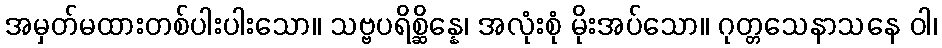
အမှတ်မထားတစ်ပါးပါးသော။ သဗ္ဗပရိစ္ဆိန္နေ၊ အလုံးစုံ မိုးအပ်သော။ ဂုတ္တသေနာသနေ ဝါ၊